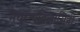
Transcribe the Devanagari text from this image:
मधुरत्थविलासिनी